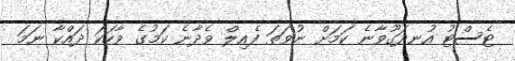
ޓެސްޓު އުނދަގޫވާނެ ކަމަށް ނުވަތަ ފެއިލް ވެދާނެ ކަމުގެ ވާހަކަ ދައްކާ ނަމަ